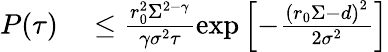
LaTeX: \begin{array}{rl}{P(\tau)}&{{}\leq\frac{r_{0}^{2}\Sigma^{2-\gamma}}{\gamma\sigma^{2}\tau}\exp\left[-\frac{\left(r_{0}\Sigma-d\right)^{2}}{2\sigma^{2}}\right]}\end{array}